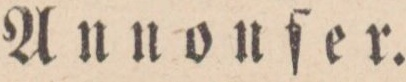
Annonſer.